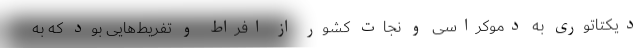
دیکتاتوری به دموکراسی و نجات کشور از افراط و تفریط‌هایی بود که به